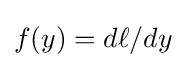
{\textstyle f(y)={d\ell }/{dy}}